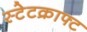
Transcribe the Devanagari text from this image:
स्टेटक्राफ्ट